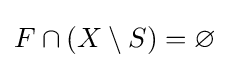
F\cap (X\setminus S)=\varnothing